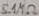
Text: 5.1MΩ